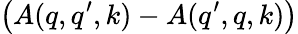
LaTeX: \left(A(q,q^{\prime},k)-A(q^{\prime},q,k)\right)